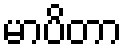
မာပိတာ